Scottish Leaving Certificate Examination, 1957
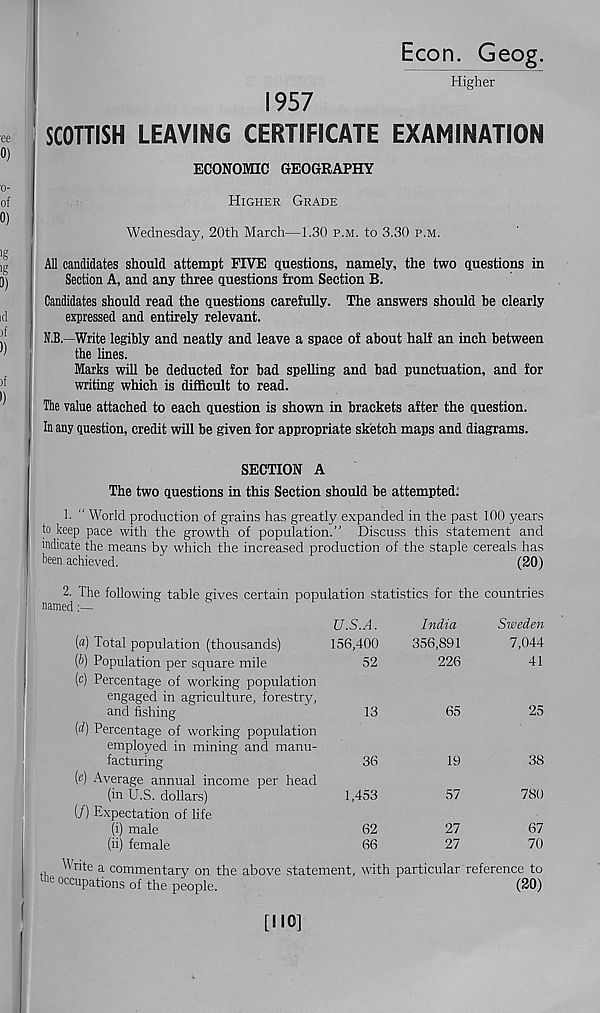
Econ. Geog.
Higher
1957
SCOTTISH LEAVING CERTIFICATE EXAMINATION
ECONOMIC GEOGRAPHY
Higher Grade
Wednesday, 20th March—1.30 p.m. to 3.30 p.m.
All candidates should attempt FIVE questions, namely, the two questions in
Section A, and any three questions from Section B.
Candidates should read the questions carefully. The answers should be clearly
expressed and entirely relevant.
N.B. -Write legibly and neatly and leave a space of about half an inch between
the lines.
Marks will be deducted for bad spelling and bad punctuation, and for
writing which is difficult to read.
The value attached to each question is shown in brackets after the question.
In any question, credit will be given for appropriate sketch maps and diagrams.
SECTION A
The two questions in this Section should be attempted.
1. “ World production of grains has greatly expanded in the past 100 years
to keep pace with the growth of population.” Discuss this statement and
indicate the means by which the increased production of the staple cereals has
been achieved.
(20)
2. The following table gives certain population statistics for the countries
named:—
(a) Total population (thousands)
(b) Population per square mile
(c) Percentage of working population
engaged in agriculture, forestry,
and fishing
(<t) Percentage of working population
employed in mining and manu-
facturing
(e) Average annual income per head
(in U.S. dollars)
(/) Expectation of life
(i) male
(ii) female
U.S.A.
156,400
52
13
36
1,453
62
66
India
356,891
226
65
19
57
27
27
Sweden
7,044
41
25
38
780
67
70
Write a commentary on the above statement, with particular reference to
me occupations of the people.
(20)
[110]